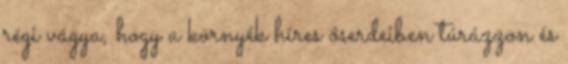
régi vágya, hogy a környék híres őserdeiben túrázzon és